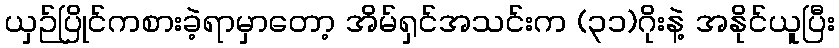
ယှဉ်ပြိုင်ကစားခဲ့ရာမှာတော့ အိမ်ရှင်အသင်းက (၃၁)ဂိုးနဲ့ အနိုင်ယူပြီး